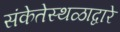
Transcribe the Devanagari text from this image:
संकेतेस्थळाद्वारे